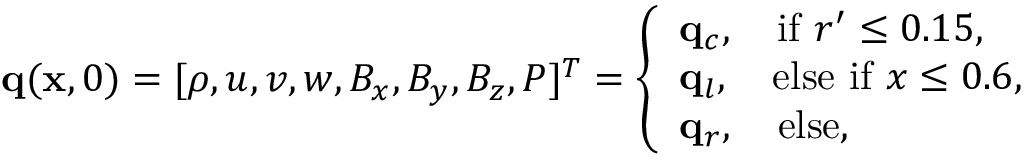
\mathbf { q } ( \mathbf { x } , 0 ) = [ \rho , u , v , w , B _ { x } , B _ { y } , B _ { z } , P ] ^ { T } = \left\{ \begin{array} { l l } { \mathbf { q } _ { c } , \quad \mathrm { i f } \ r ^ { \prime } \leq 0 . 1 5 , } \\ { \mathbf { q } _ { l } , \quad \mathrm { e l s e \ i f } \ x \leq 0 . 6 , } \\ { \mathbf { q } _ { r } , \quad \mathrm { e l s e } , } \end{array} \right.